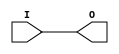
// $Header: /devl/xcs/repo/env/Databases/CAEInterfaces/verunilibs/data/unisims/IBUF_HSTL_III.v,v 1.5.158.1 2007/03/09 18:13:06 patrickp Exp $
///////////////////////////////////////////////////////////////////////////////
// Copyright (c) 1995/2004 Xilinx, Inc.
// All Right Reserved.
///////////////////////////////////////////////////////////////////////////////
//   ____  ____
//  /   /\/   /
// /___/  \  /    Vendor : Xilinx
// \   \   \/     Version : 8.1i (I.13)
//  \   \         Description : Xilinx Functional Simulation Library Component
//  /   /                  Input Buffer with HSTL_III I/O Standard
// /___/   /\     Filename : IBUF_HSTL_III.v
// \   \  /  \    Timestamp : Thu Mar 25 16:42:32 PST 2004
//  \___\/\___\
//
// Revision:
//    03/23/04 - Initial version.
// End Revision

`timescale  100 ps / 10 ps


module IBUF_HSTL_III (O, I);

    output O;

    input  I;

	buf B1 (O, I);


endmodule